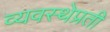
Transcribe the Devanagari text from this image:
व्यवस्थेप्रती